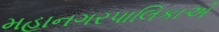
મહાનગરપાલિકાએ